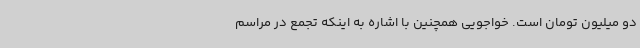
دو میلیون تومان است. خواجویی همچنین با اشاره به اینکه تجمع در مراسم